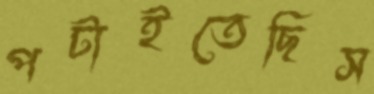
পটাইতেছিস